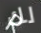
لك